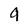
Character: 9